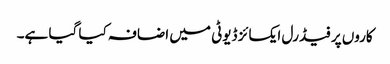
کاروں پر فیڈرل ایکسائز ڈیوٹی میں اضافہ کیا گیا ہے۔